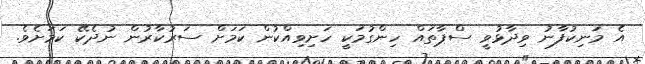
އެ މަނިކުފާނު ވިދާޅުވީ ސްޕާތައް ހިންގުމަކީ ހަށިވިއްކުން ކަމަށް ސަރުކާރުން ނުދެކޭ ކަމަށެވެ.